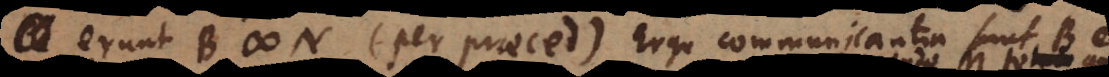
erunt B # N (per praeced.). Ergo communicantia sunt B